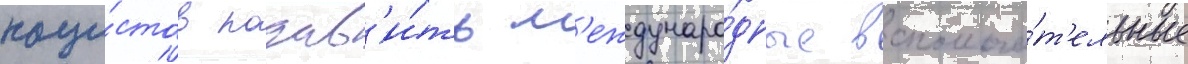
наци́стов подав'и́ть м'еждунаро́дные вспомога́т'ельные